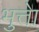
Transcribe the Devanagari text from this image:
भुत्तेा